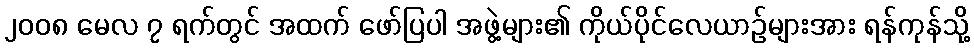
၂၀၀၈ မေလ ၇ ရက်တွင် အထက် ဖော်ပြပါ အဖွဲ့များ၏ ကိုယ်ပိုင်လေယာဉ်များအား ရန်ကုန်သို့